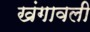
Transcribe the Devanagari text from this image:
खंगावली